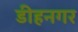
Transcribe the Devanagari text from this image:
डीहनगर